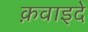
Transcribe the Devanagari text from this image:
क़वाइदे